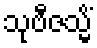
သုဗီဇသ္မိံ